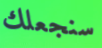
سنجعلك